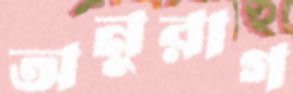
অনুরাগ